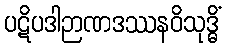
ပဋိပဒါဉာဏဒဿနဝိသုဒ္ဓိံ